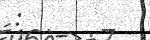
: